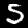
Digit: 5